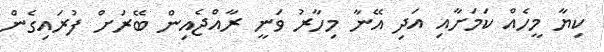
ކިޔާ މީހެއް ކަމަށާއި އަދި އޭނާ މިހާރު ވަނީ ރާއްޖެއިން ބޭރަށް ފުރައިގެން